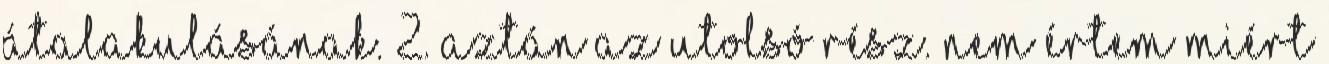
átalakulásának. 2. Aztán az utolsó rész. Nem értem miért